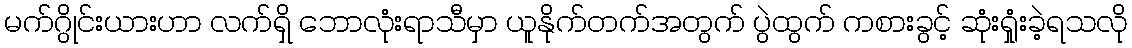
မက်ဂွိုင်းယားဟာ လက်ရှိ ဘောလုံးရာသီမှာ ယူနိုက်တက်အတွက် ပွဲထွက် ကစားခွင့် ဆုံးရှုံးခဲ့ရသလို